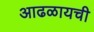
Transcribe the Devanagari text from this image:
आढळायची